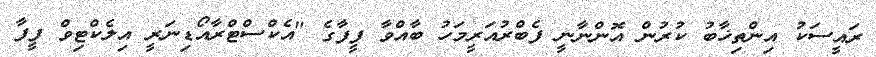
ރައީސަކު އިންތިޚާބު ކުރުން އޮންނާނީ ފެބްރުއަރީމަހު ބާއްވާ ފީފާގެ "އެކްސްޓްރާއޯޑިނަރީ އިލެކްޓިވް ފީފާ